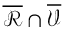
\overline { { \mathcal { R } } } \cap \overline { { \mathcal { V } } }